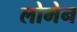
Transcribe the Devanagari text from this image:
लोमेन